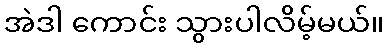
အဲဒါ ကောင်း သွားပါလိမ့်မယ်။